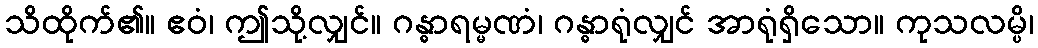
သိထိုက်၏။ ဧဝံ၊ ဤသို့လျှင်။ ဂန္ဓာရမ္မဏံ၊ ဂန္ဓာရုံလျှင် အာရုံရှိသော။ ကုသလမ္ပိ၊